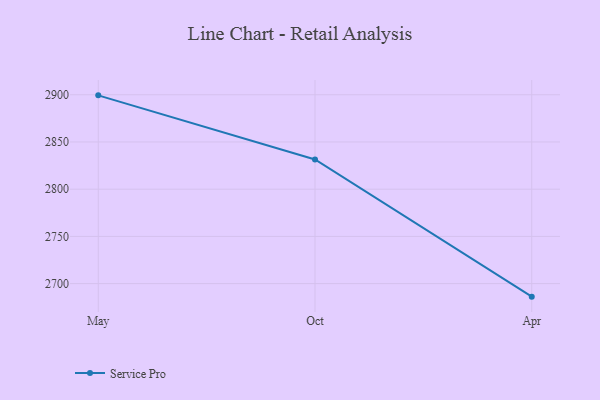
{"axis": {"x": "Month", "y": "LTV (USD)"}, "legend": ["Service Pro"], "data": [{"x": "May", "y": 2899.4, "type": "Service Pro"}, {"x": "Oct", "y": 2831.5, "type": "Service Pro"}, {"x": "Apr", "y": 2686.2, "type": "Service Pro"}]}